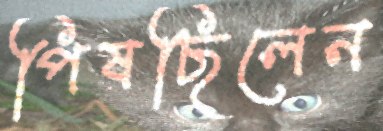
পিষছিলেন